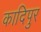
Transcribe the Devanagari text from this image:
कादिपुर